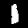
Digit: 1